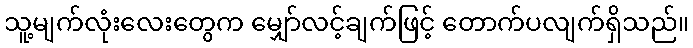
သူ့မျက်လုံးလေးတွေက မျှော်လင့်ချက်ဖြင့် တောက်ပလျက်ရှိသည်။